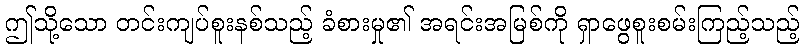
ဤသို့သော တင်းကျပ်စူးနစ်သည့် ခံစားမှု၏ အရင်းအမြစ်ကို ရှာဖွေစူးစမ်းကြည့်သည့်